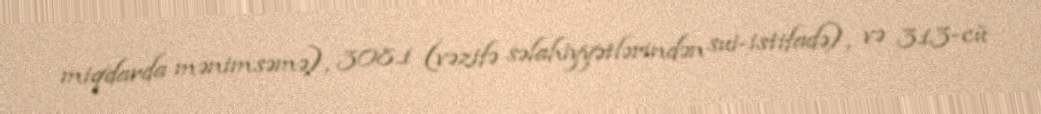
miqdarda mənimsəmə), 308.1 (vəzifə səlahiyyətlərindən sui-istifadə), və 313-cü